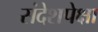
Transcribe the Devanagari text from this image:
संदेशपेक्षा